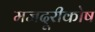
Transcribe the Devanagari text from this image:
मजदूरीकोष